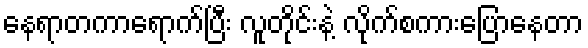
နေရာတကာရောက်ပြီး လူတိုင်းနဲ့ လိုက်စကားပြောနေတာ